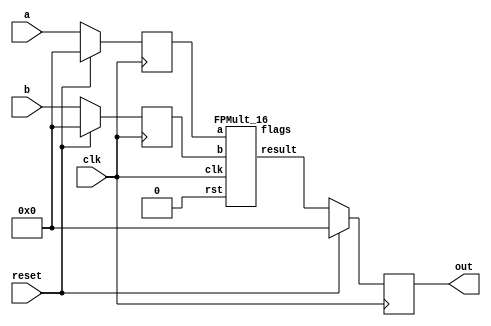
`define BFLOAT16 
`define EXPONENT 8
`define MANTISSA 7
`define EXPONENT 5
`define MANTISSA 10
`define SIGN 1
`define DWIDTH (`SIGN+`EXPONENT+`MANTISSA)

module seq_mul(a, b, out, reset, clk);
input [`DWIDTH-1:0] a;
input [`DWIDTH-1:0] b;
input reset;
input clk;
output [`DWIDTH-1:0] out;

reg [`DWIDTH-1:0] a_flopped;
reg [`DWIDTH-1:0] b_flopped;

wire [`DWIDTH-1:0] mul_out_temp;
reg [`DWIDTH-1:0] mul_out_temp_reg;

always @(posedge clk) begin
  if (reset) begin
    a_flopped <= 0;
    b_flopped <= 0;
  end else begin
    a_flopped <= a;
    b_flopped <= b;
  end
end

//assign mul_out_temp = a * b;
`ifdef complex_dsp
multiply_fp_clk mul_u1(.clk(clk), .a(a_flopped), .b(b_flopped), .out(mul_out_temp));
`else
FPMult_16 u_FPMult (.clk(clk), .rst(1'b0), .a(a_flopped), .b(b_flopped), .result(mul_out_temp), .flags());
`endif

always @(posedge clk) begin
  if (reset) begin
    mul_out_temp_reg <= 0;
  end else begin
    mul_out_temp_reg <= mul_out_temp;
  end
end

assign out = mul_out_temp_reg;

endmodule
module FPMult_16(
		clk,
		rst,
		a,
		b,
		result,
		flags
    );
	
	// Input Ports
	input clk ;							// Clock
	input rst ;							// Reset signal
	input [`DWIDTH-1:0] a;						// Input A, a 32-bit floating point number
	input [`DWIDTH-1:0] b;						// Input B, a 32-bit floating point number
	
	// Output ports
	output [`DWIDTH-1:0] result ;					// Product, result of the operation, 32-bit FP number
	output [4:0] flags ;						// Flags indicating exceptions according to IEEE754
	
	// Internal signals
	wire [`DWIDTH-1:0] Z_int ;					// Product, result of the operation, 32-bit FP number
	wire [4:0] Flags_int ;						// Flags indicating exceptions according to IEEE754
	
	wire Sa ;							// A's sign
	wire Sb ;							// B's sign
	wire Sp ;							// Product sign
	wire [`EXPONENT-1:0] Ea ;					// A's exponent
	wire [`EXPONENT-1:0] Eb ;					// B's exponent
	wire [2*`MANTISSA+1:0] Mp ;					// Product mantissa
	wire [4:0] InputExc ;						// Exceptions in inputs
	wire [`MANTISSA-1:0] NormM ;					// Normalized mantissa
	wire [`EXPONENT:0] NormE ;					// Normalized exponent
	wire [`MANTISSA:0] RoundM ;					// Normalized mantissa
	wire [`EXPONENT:0] RoundE ;					// Normalized exponent
	wire [`MANTISSA:0] RoundMP ;					// Normalized mantissa
	wire [`EXPONENT:0] RoundEP ;					// Normalized exponent
	wire GRS ;

	//reg [63:0] pipe_0;						// Pipeline register Input->Prep
	reg [2*`DWIDTH-1:0] pipe_0;					// Pipeline register Input->Prep

	//reg [92:0] pipe_1;						// Pipeline register Prep->Execute
	//reg [3*`MANTISSA+2*`EXPONENT+7:0] pipe_1;			// Pipeline register Prep->Execute
	reg [3*`MANTISSA+2*`EXPONENT+18:0] pipe_1;

	//reg [38:0] pipe_2;						// Pipeline register Execute->Normalize
	reg [`MANTISSA+`EXPONENT+7:0] pipe_2;				// Pipeline register Execute->Normalize
	
	//reg [72:0] pipe_3;						// Pipeline register Normalize->Round
	reg [2*`MANTISSA+2*`EXPONENT+10:0] pipe_3;			// Pipeline register Normalize->Round

	//reg [36:0] pipe_4;						// Pipeline register Round->Output
	reg [`DWIDTH+4:0] pipe_4;					// Pipeline register Round->Output
	
	assign result = pipe_4[`DWIDTH+4:5] ;
	assign flags = pipe_4[4:0] ;
	
	// Prepare the operands for alignment and check for exceptions
	FPMult_PrepModule PrepModule(clk, rst, pipe_0[2*`DWIDTH-1:`DWIDTH], pipe_0[`DWIDTH-1:0], Sa, Sb, Ea[`EXPONENT-1:0], Eb[`EXPONENT-1:0], Mp[2*`MANTISSA+1:0], InputExc[4:0]) ;

	// Perform (unsigned) mantissa multiplication
	FPMult_ExecuteModule ExecuteModule(pipe_1[3*`MANTISSA+`EXPONENT*2+7:2*`MANTISSA+2*`EXPONENT+8], pipe_1[2*`MANTISSA+2*`EXPONENT+7:2*`MANTISSA+7], pipe_1[2*`MANTISSA+6:5], pipe_1[2*`MANTISSA+2*`EXPONENT+6:2*`MANTISSA+`EXPONENT+7], pipe_1[2*`MANTISSA+`EXPONENT+6:2*`MANTISSA+7], pipe_1[2*`MANTISSA+2*`EXPONENT+8], pipe_1[2*`MANTISSA+2*`EXPONENT+7], Sp, NormE[`EXPONENT:0], NormM[`MANTISSA-1:0], GRS) ;

	// Round result and if necessary, perform a second (post-rounding) normalization step
	FPMult_NormalizeModule NormalizeModule(pipe_2[`MANTISSA-1:0], pipe_2[`MANTISSA+`EXPONENT:`MANTISSA], RoundE[`EXPONENT:0], RoundEP[`EXPONENT:0], RoundM[`MANTISSA:0], RoundMP[`MANTISSA:0]) ;		

	// Round result and if necessary, perform a second (post-rounding) normalization step
	//FPMult_RoundModule RoundModule(pipe_3[47:24], pipe_3[23:0], pipe_3[65:57], pipe_3[56:48], pipe_3[66], pipe_3[67], pipe_3[72:68], Z_int[31:0], Flags_int[4:0]) ;		
	FPMult_RoundModule RoundModule(pipe_3[2*`MANTISSA+1:`MANTISSA+1], pipe_3[`MANTISSA:0], pipe_3[2*`MANTISSA+2*`EXPONENT+3:2*`MANTISSA+`EXPONENT+3], pipe_3[2*`MANTISSA+`EXPONENT+2:2*`MANTISSA+2], pipe_3[2*`MANTISSA+2*`EXPONENT+4], pipe_3[2*`MANTISSA+2*`EXPONENT+5], pipe_3[2*`MANTISSA+2*`EXPONENT+10:2*`MANTISSA+2*`EXPONENT+6], Z_int[`DWIDTH-1:0], Flags_int[4:0]) ;		

//adding always@ (*) instead of posedge clock to make design combinational
	always @ (posedge clk) begin	
		if(rst) begin
			pipe_0 <= 0;
			pipe_1 <= 0;
			pipe_2 <= 0; 
			pipe_3 <= 0;
			pipe_4 <= 0;
		end 
		else begin		
			/* PIPE 0
				[2*`DWIDTH-1:`DWIDTH] A
				[`DWIDTH-1:0] B
			*/
                       pipe_0 <= {a, b} ;


			/* PIPE 1
				[2*`EXPONENT+3*`MANTISSA + 18: 2*`EXPONENT+2*`MANTISSA + 18] //pipe_0[`DWIDTH+`MANTISSA-1:`DWIDTH] , mantissa of A
				[2*`EXPONENT+2*`MANTISSA + 17 :2*`EXPONENT+2*`MANTISSA + 9] // pipe_0[8:0]
				[2*`EXPONENT+2*`MANTISSA + 8] Sa
				[2*`EXPONENT+2*`MANTISSA + 7] Sb
				[2*`EXPONENT+2*`MANTISSA + 6:`EXPONENT+2*`MANTISSA+7] Ea
				[`EXPONENT +2*`MANTISSA+6:2*`MANTISSA+7] Eb
				[2*`MANTISSA+1+5:5] Mp
				[4:0] InputExc
			*/
			//pipe_1 <= {pipe_0[`DWIDTH+`MANTISSA-1:`DWIDTH], pipe_0[`MANTISSA_MUL_SPLIT_LSB-1:0], Sa, Sb, Ea[`EXPONENT-1:0], Eb[`EXPONENT-1:0], Mp[2*`MANTISSA-1:0], InputExc[4:0]} ;
			pipe_1 <= {pipe_0[`DWIDTH+`MANTISSA-1:`DWIDTH], pipe_0[8:0], Sa, Sb, Ea[`EXPONENT-1:0], Eb[`EXPONENT-1:0], Mp[2*`MANTISSA+1:0], InputExc[4:0]} ;
			
			/* PIPE 2
				[`EXPONENT + `MANTISSA + 7:`EXPONENT + `MANTISSA + 3] InputExc
				[`EXPONENT + `MANTISSA + 2] GRS
				[`EXPONENT + `MANTISSA + 1] Sp
				[`EXPONENT + `MANTISSA:`MANTISSA] NormE
				[`MANTISSA-1:0] NormM
			*/
			pipe_2 <= {pipe_1[4:0], GRS, Sp, NormE[`EXPONENT:0], NormM[`MANTISSA-1:0]} ;
			/* PIPE 3
				[2*`EXPONENT+2*`MANTISSA+10:2*`EXPONENT+2*`MANTISSA+6] InputExc
				[2*`EXPONENT+2*`MANTISSA+5] GRS
				[2*`EXPONENT+2*`MANTISSA+4] Sp	
				[2*`EXPONENT+2*`MANTISSA+3:`EXPONENT+2*`MANTISSA+3] RoundE
				[`EXPONENT+2*`MANTISSA+2:2*`MANTISSA+2] RoundEP
				[2*`MANTISSA+1:`MANTISSA+1] RoundM
				[`MANTISSA:0] RoundMP
			*/
			pipe_3 <= {pipe_2[`EXPONENT+`MANTISSA+7:`EXPONENT+`MANTISSA+1], RoundE[`EXPONENT:0], RoundEP[`EXPONENT:0], RoundM[`MANTISSA:0], RoundMP[`MANTISSA:0]} ;
			/* PIPE 4
				[`DWIDTH+4:5] Z
				[4:0] Flags
			*/				
			pipe_4 <= {Z_int[`DWIDTH-1:0], Flags_int[4:0]} ;
		end
	end
		
endmodule
module FPMult_RoundModule(
		RoundM,
		RoundMP,
		RoundE,
		RoundEP,
		Sp,
		GRS,
		InputExc,
		Z,
		Flags
    );

	// Input Ports
	input [`MANTISSA:0] RoundM ;									// Normalized mantissa
	input [`MANTISSA:0] RoundMP ;									// Normalized exponent
	input [`EXPONENT:0] RoundE ;									// Normalized mantissa + 1
	input [`EXPONENT:0] RoundEP ;									// Normalized exponent + 1
	input Sp ;												// Product sign
	input GRS ;
	input [4:0] InputExc ;
	
	// Output Ports
	output [`DWIDTH-1:0] Z ;										// Final product
	output [4:0] Flags ;
	
	// Internal Signals
	wire [`EXPONENT:0] FinalE ;									// Rounded exponent
	wire [`MANTISSA:0] FinalM;
	wire [`MANTISSA:0] PreShiftM;
	
	assign PreShiftM = GRS ? RoundMP : RoundM ;	// Round up if R and (G or S)
	
	// Post rounding normalization (potential one bit shift> use shifted mantissa if there is overflow)
	assign FinalM = (PreShiftM[`MANTISSA] ? {1'b0, PreShiftM[`MANTISSA:1]} : PreShiftM[`MANTISSA:0]) ;
	
	assign FinalE = (PreShiftM[`MANTISSA] ? RoundEP : RoundE) ; // Increment exponent if a shift was done
	
	assign Z = {Sp, FinalE[`EXPONENT-1:0], FinalM[`MANTISSA-1:0]} ;   // Putting the pieces together
	assign Flags = InputExc[4:0];

endmodule
module FPMult_NormalizeModule(
		NormM,
		NormE,
		RoundE,
		RoundEP,
		RoundM,
		RoundMP
    );

	// Input Ports
	input [`MANTISSA-1:0] NormM ;									// Normalized mantissa
	input [`EXPONENT:0] NormE ;									// Normalized exponent

	// Output Ports
	output [`EXPONENT:0] RoundE ;
	output [`EXPONENT:0] RoundEP ;
	output [`MANTISSA:0] RoundM ;
	output [`MANTISSA:0] RoundMP ; 
	
// EXPONENT = 5 
// EXPONENT -1 = 4
// NEED to subtract 2^4 -1 = 15

wire [`EXPONENT-1 : 0] bias;

assign bias =  ((1<< (`EXPONENT -1)) -1);

	assign RoundE = NormE - bias ;
	assign RoundEP = NormE - bias -1 ;
	assign RoundM = NormM ;
	assign RoundMP = NormM ;

endmodule
module FPMult_ExecuteModule(
		a,
		b,
		MpC,
		Ea,
		Eb,
		Sa,
		Sb,
		Sp,
		NormE,
		NormM,
		GRS
    );

	// Input ports
	input [`MANTISSA-1:0] a ;
	input [2*`EXPONENT:0] b ;
	input [2*`MANTISSA+1:0] MpC ;
	input [`EXPONENT-1:0] Ea ;						// A's exponent
	input [`EXPONENT-1:0] Eb ;						// B's exponent
	input Sa ;								// A's sign
	input Sb ;								// B's sign
	
	// Output ports
	output Sp ;								// Product sign
	output [`EXPONENT:0] NormE ;													// Normalized exponent
	output [`MANTISSA-1:0] NormM ;												// Normalized mantissa
	output GRS ;
	
	wire [2*`MANTISSA+1:0] Mp ;
	
	assign Sp = (Sa ^ Sb) ;												// Equal signs give a positive product
	
   // wire [`ACTUAL_MANTISSA-1:0] inp_a;
   // wire [`ACTUAL_MANTISSA-1:0] inp_b;
   // assign inp_a = {1'b1, a};
   // assign inp_b = {{(`MANTISSA-`MANTISSA_MUL_SPLIT_LSB){1'b0}}, 1'b0, b};
   // DW02_mult #(`ACTUAL_MANTISSA,`ACTUAL_MANTISSA) u_mult(.A(inp_a), .B(inp_b), .TC(1'b0), .PRODUCT(Mp_temp));
   // DW01_add #(2*`ACTUAL_MANTISSA) u_add(.A(Mp_temp), .B(MpC<<`MANTISSA_MUL_SPLIT_LSB), .CI(1'b0), .SUM(Mp), .CO());

	//assign Mp = (MpC<<(2*`EXPONENT+1)) + ({4'b0001, a[`MANTISSA-1:0]}*{1'b0, b[2*`EXPONENT:0]}) ;
	assign Mp = MpC;


	assign NormM = (Mp[2*`MANTISSA+1] ? Mp[2*`MANTISSA:`MANTISSA+1] : Mp[2*`MANTISSA-1:`MANTISSA]); 	// Check for overflow
	assign NormE = (Ea + Eb + Mp[2*`MANTISSA+1]);								// If so, increment exponent
	
	assign GRS = ((Mp[`MANTISSA]&(Mp[`MANTISSA+1]))|(|Mp[`MANTISSA-1:0])) ;
	
endmodule
module FPMult_PrepModule (
		clk,
		rst,
		a,
		b,
		Sa,
		Sb,
		Ea,
		Eb,
		Mp,
		InputExc
	);
	
	// Input ports
	input clk ;
	input rst ;
	input [`DWIDTH-1:0] a ;								// Input A, a 32-bit floating point number
	input [`DWIDTH-1:0] b ;								// Input B, a 32-bit floating point number
	
	// Output ports
	output Sa ;										// A's sign
	output Sb ;										// B's sign
	output [`EXPONENT-1:0] Ea ;								// A's exponent
	output [`EXPONENT-1:0] Eb ;								// B's exponent
	output [2*`MANTISSA+1:0] Mp ;							// Mantissa product
	output [4:0] InputExc ;						// Input numbers are exceptions
	
	// Internal signals							// If signal is high...
	wire ANaN ;										// A is a signalling NaN
	wire BNaN ;										// B is a signalling NaN
	wire AInf ;										// A is infinity
	wire BInf ;										// B is infinity
    wire [`MANTISSA-1:0] Ma;
    wire [`MANTISSA-1:0] Mb;
	
	assign ANaN = &(a[`DWIDTH-2:`MANTISSA]) &  |(a[`DWIDTH-2:`MANTISSA]) ;			// All one exponent and not all zero mantissa - NaN
	assign BNaN = &(b[`DWIDTH-2:`MANTISSA]) &  |(b[`MANTISSA-1:0]);			// All one exponent and not all zero mantissa - NaN
	assign AInf = &(a[`DWIDTH-2:`MANTISSA]) & ~|(a[`DWIDTH-2:`MANTISSA]) ;		// All one exponent and all zero mantissa - Infinity
	assign BInf = &(b[`DWIDTH-2:`MANTISSA]) & ~|(b[`DWIDTH-2:`MANTISSA]) ;		// All one exponent and all zero mantissa - Infinity
	
	// Check for any exceptions and put all flags into exception vector
	assign InputExc = {(ANaN | BNaN | AInf | BInf), ANaN, BNaN, AInf, BInf} ;
	//assign InputExc = {(ANaN | ANaN | BNaN |BNaN), ANaN, ANaN, BNaN,BNaN} ;
	
	// Take input numbers apart
	assign Sa = a[`DWIDTH-1] ;							// A's sign
	assign Sb = b[`DWIDTH-1] ;							// B's sign
	assign Ea = a[`DWIDTH-2:`MANTISSA];						// Store A's exponent in Ea, unless A is an exception
	assign Eb = b[`DWIDTH-2:`MANTISSA];						// Store B's exponent in Eb, unless B is an exception	
//    assign Ma = a[`MANTISSA_MSB:`MANTISSA_LSB];
  //  assign Mb = b[`MANTISSA_MSB:`MANTISSA_LSB];
	


	//assign Mp = ({4'b0001, a[`MANTISSA-1:0]}*{4'b0001, b[`MANTISSA-1:9]}) ;
	assign Mp = ({1'b1,a[`MANTISSA-1:0]}*{1'b1, b[`MANTISSA-1:0]}) ;

	
    //We multiply part of the mantissa here
    //Full mantissa of A
    //Bits MANTISSA_MUL_SPLIT_MSB:MANTISSA_MUL_SPLIT_LSB of B
   // wire [`ACTUAL_MANTISSA-1:0] inp_A;
   // wire [`ACTUAL_MANTISSA-1:0] inp_B;
   // assign inp_A = {1'b1, Ma};
   // assign inp_B = {{(`MANTISSA-(`MANTISSA_MUL_SPLIT_MSB-`MANTISSA_MUL_SPLIT_LSB+1)){1'b0}}, 1'b1, Mb[`MANTISSA_MUL_SPLIT_MSB:`MANTISSA_MUL_SPLIT_LSB]};
   // DW02_mult #(`ACTUAL_MANTISSA,`ACTUAL_MANTISSA) u_mult(.A(inp_A), .B(inp_B), .TC(1'b0), .PRODUCT(Mp));
endmodule